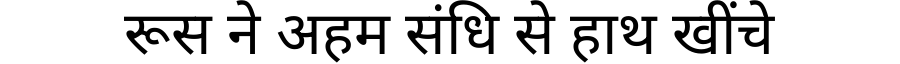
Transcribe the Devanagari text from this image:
रूस ने अहम संधि से हाथ खींचे